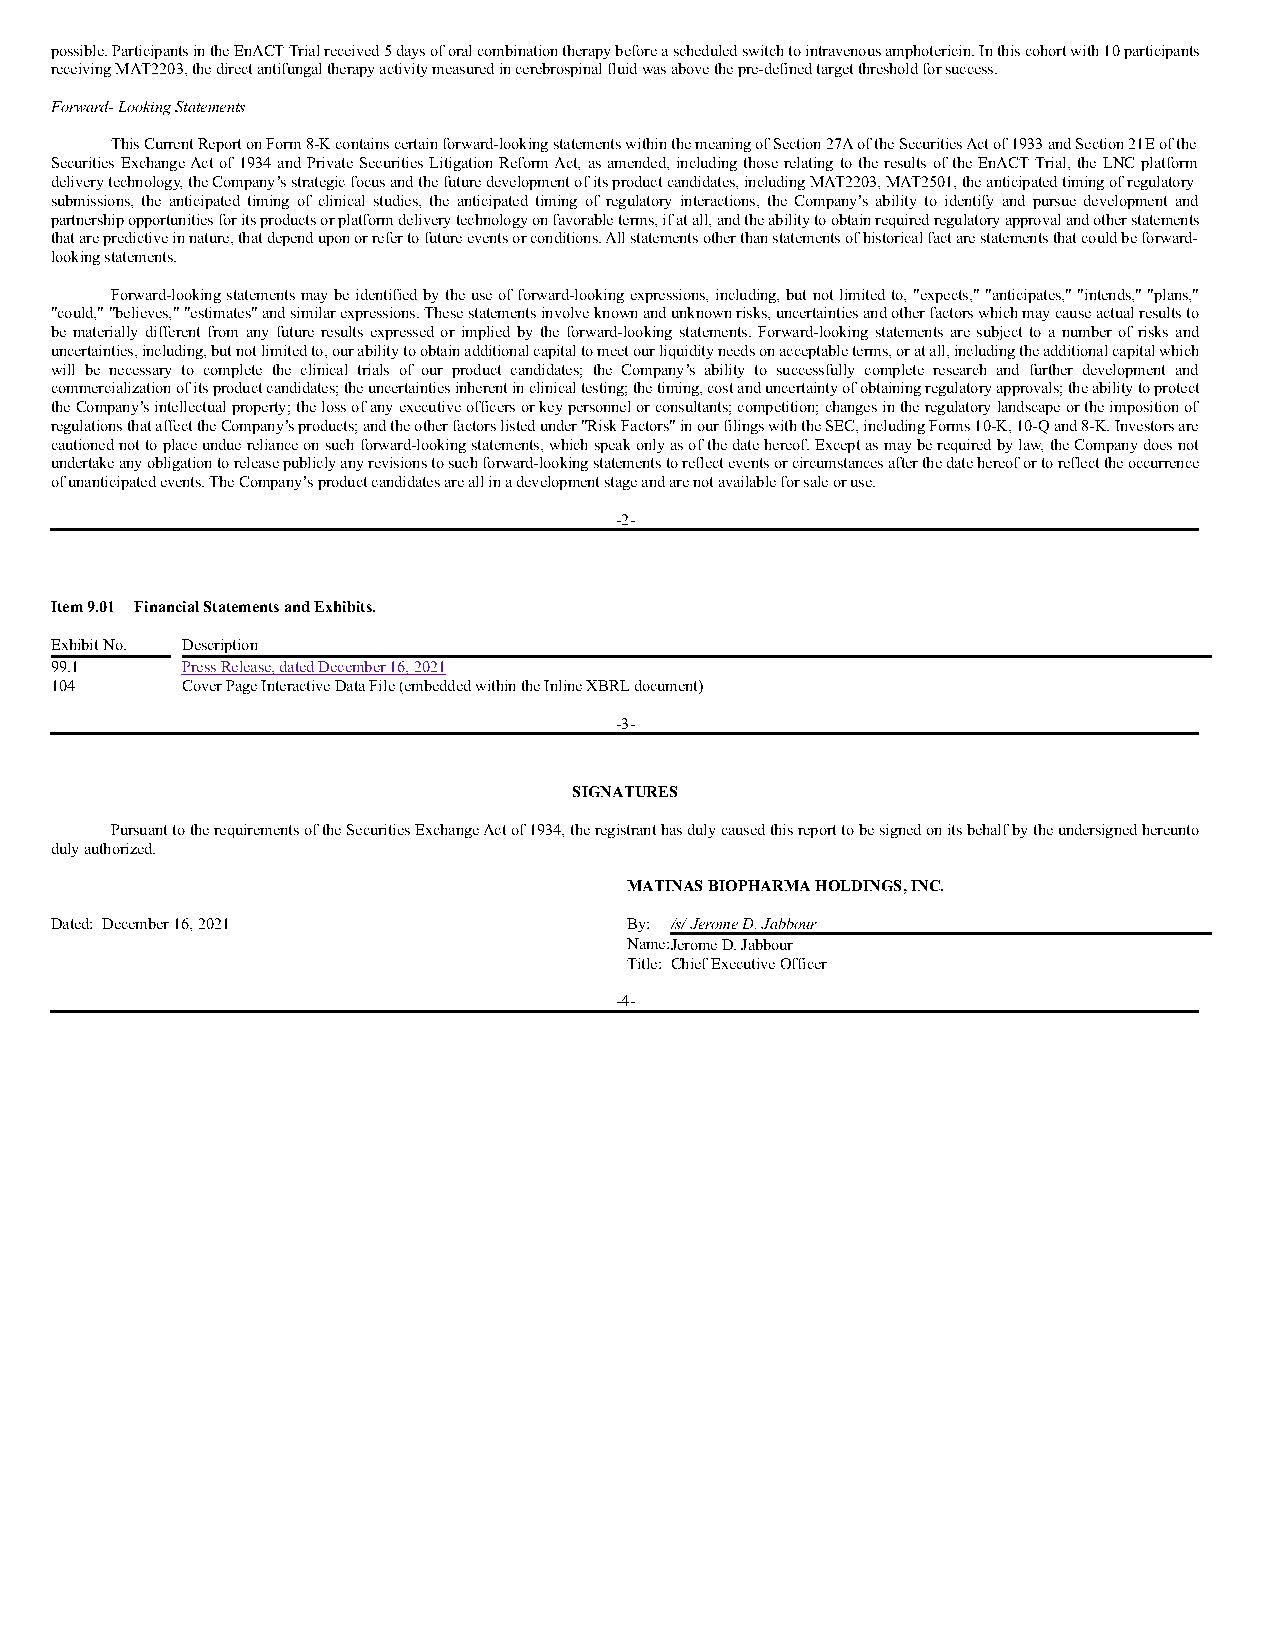
possible. Participants in the EnACT Trial received 5 days of oral combination therapy before a scheduled switch to intravenous amphotericin. In this cohort with 10 participants
 receiving MAT2203, the direct antifungal therapy activity measured in cerebrospinal fluid was above the pre-defined target threshold for success.
 Forward- Looking Statements
 This Current Report on Form 8-K contains certain forward-looking statements within the meaning of Section 27A of the Securities Act of 1933 and Section 21E of the
 Securities Exchange Act of 1934 and Private Securities Litigation Reform Act, as amended, including those relating to the results of the EnACT Trial, the LNC platform
 delivery technology, the Company’s strategic focus and the future development of its product candidates, including MAT2203, MAT2501, the anticipated timing of regulatory
 submissions, the anticipated timing of clinical studies, the anticipated timing of regulatory interactions, the Company’s ability to identify and pursue development and
 partnership opportunities for its products or platform delivery technology on favorable terms, if at all, and the ability to obtain required regulatory approval and other statements
 that are predictive in nature, that depend upon or refer to future events or conditions. All statements other than statements of historical fact are statements that could be forward-
 looking statements.
 Forward-looking statements may be identified by the use of forward-looking expressions, including, but not limited to, "expects," "anticipates," "intends," "plans,"
 "could," "believes," "estimates" and similar expressions. These statements involve known and unknown risks, uncertainties and other factors which may cause actual results to
 be materially different from any future results expressed or implied by the forward-looking statements. Forward-looking statements are subject to a number of risks and
 uncertainties, including, but not limited to, our ability to obtain additional capital to meet our liquidity needs on acceptable terms, or at all, including the additional capital which
 will be necessary to complete the clinical trials of our product candidates; the Company’s ability to successfully complete research and further development and
 commercialization of its product candidates; the uncertainties inherent in clinical testing; the timing, cost and uncertainty of obtaining regulatory approvals; the ability to protect
 the Company’s intellectual property; the loss of any executive officers or key personnel or consultants; competition; changes in the regulatory landscape or the imposition of
 regulations that affect the Company’s products; and the other factors listed under "Risk Factors" in our filings with the SEC, including Forms 10-K, 10-Q and 8-K. Investors are
 cautioned not to place undue reliance on such forward-looking statements, which speak only as of the date hereof. Except as may be required by law, the Company does not
 undertake any obligation to release publicly any revisions to such forward-looking statements to reflect events or circumstances after the date hereof or to reflect the occurrence
 of unanticipated events. The Company’s product candidates are all in a development stage and are not available for sale or use.
 -2-
 Item 9.01 Financial Statements and Exhibits.
 Exhibit No. Description
 99.1     Press Release, dated December 16, 2021
 104      Cover Page Interactive Data File (embedded within the Inline XBRL document)
 -3-
 SIGNATURES
 Pursuant to the requirements of the Securities Exchange Act of 1934, the registrant has duly caused this report to be signed on its behalf by the undersigned hereunto
 duly authorized.
 MATINAS BIOPHARMA HOLDINGS, INC.
 Dated: December 16, 2021               By: /s/ Jerome D. Jabbour
 Name:Jerome D. Jabbour
 Title: Chief Executive Officer
 -4-